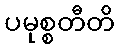
ပမုစ္စတီတိ